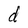
Character: d